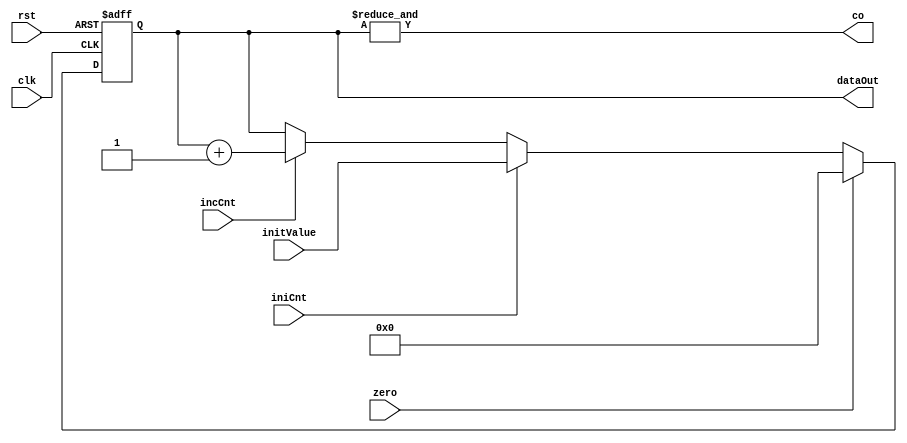
// **************************************************************************************
// Project: AFTAB
// Version: 1.0
// Date:
//
// Module Name: aftab_counter
// Description:
//
// Dependencies:
//
// File content description:
// counter for AFTAB datapath
//
// **************************************************************************************
`timescale 1ns/1ns

module aftab_counter #(parameter size = 32) (
    input clk,
    input rst,
    input incCnt,
    input iniCnt,
    input zero,
    input [size-1:0] initValue,
    output reg [size-1:0] dataOut,
    output co
);

    always @(posedge clk, posedge rst) begin
        if(rst)
            dataOut <= {(size){1'b0}};
        else if(zero)
            dataOut <= {(size){1'b0}};
        else if(iniCnt)
            dataOut <= initValue;
        else if(incCnt)
            dataOut <= dataOut + 1;
        else
            dataOut <= dataOut;
    end

    assign co = &{dataOut};

endmodule